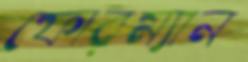
ফোরম্যান